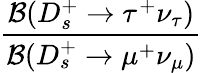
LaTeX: \displaystyle\frac{{\mathcal B}(D_{s}^{+}\to\tau^{+}\nu_{\tau})}{{\mathcal B}(D_{s}^{+}\to\mu^{+}\nu_{\mu})}